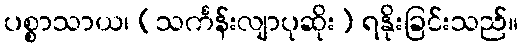
ပစ္စာသာယ၊ (သင်္ကန်းလျာပုဆိုး) ရနိုးခြင်းသည်။